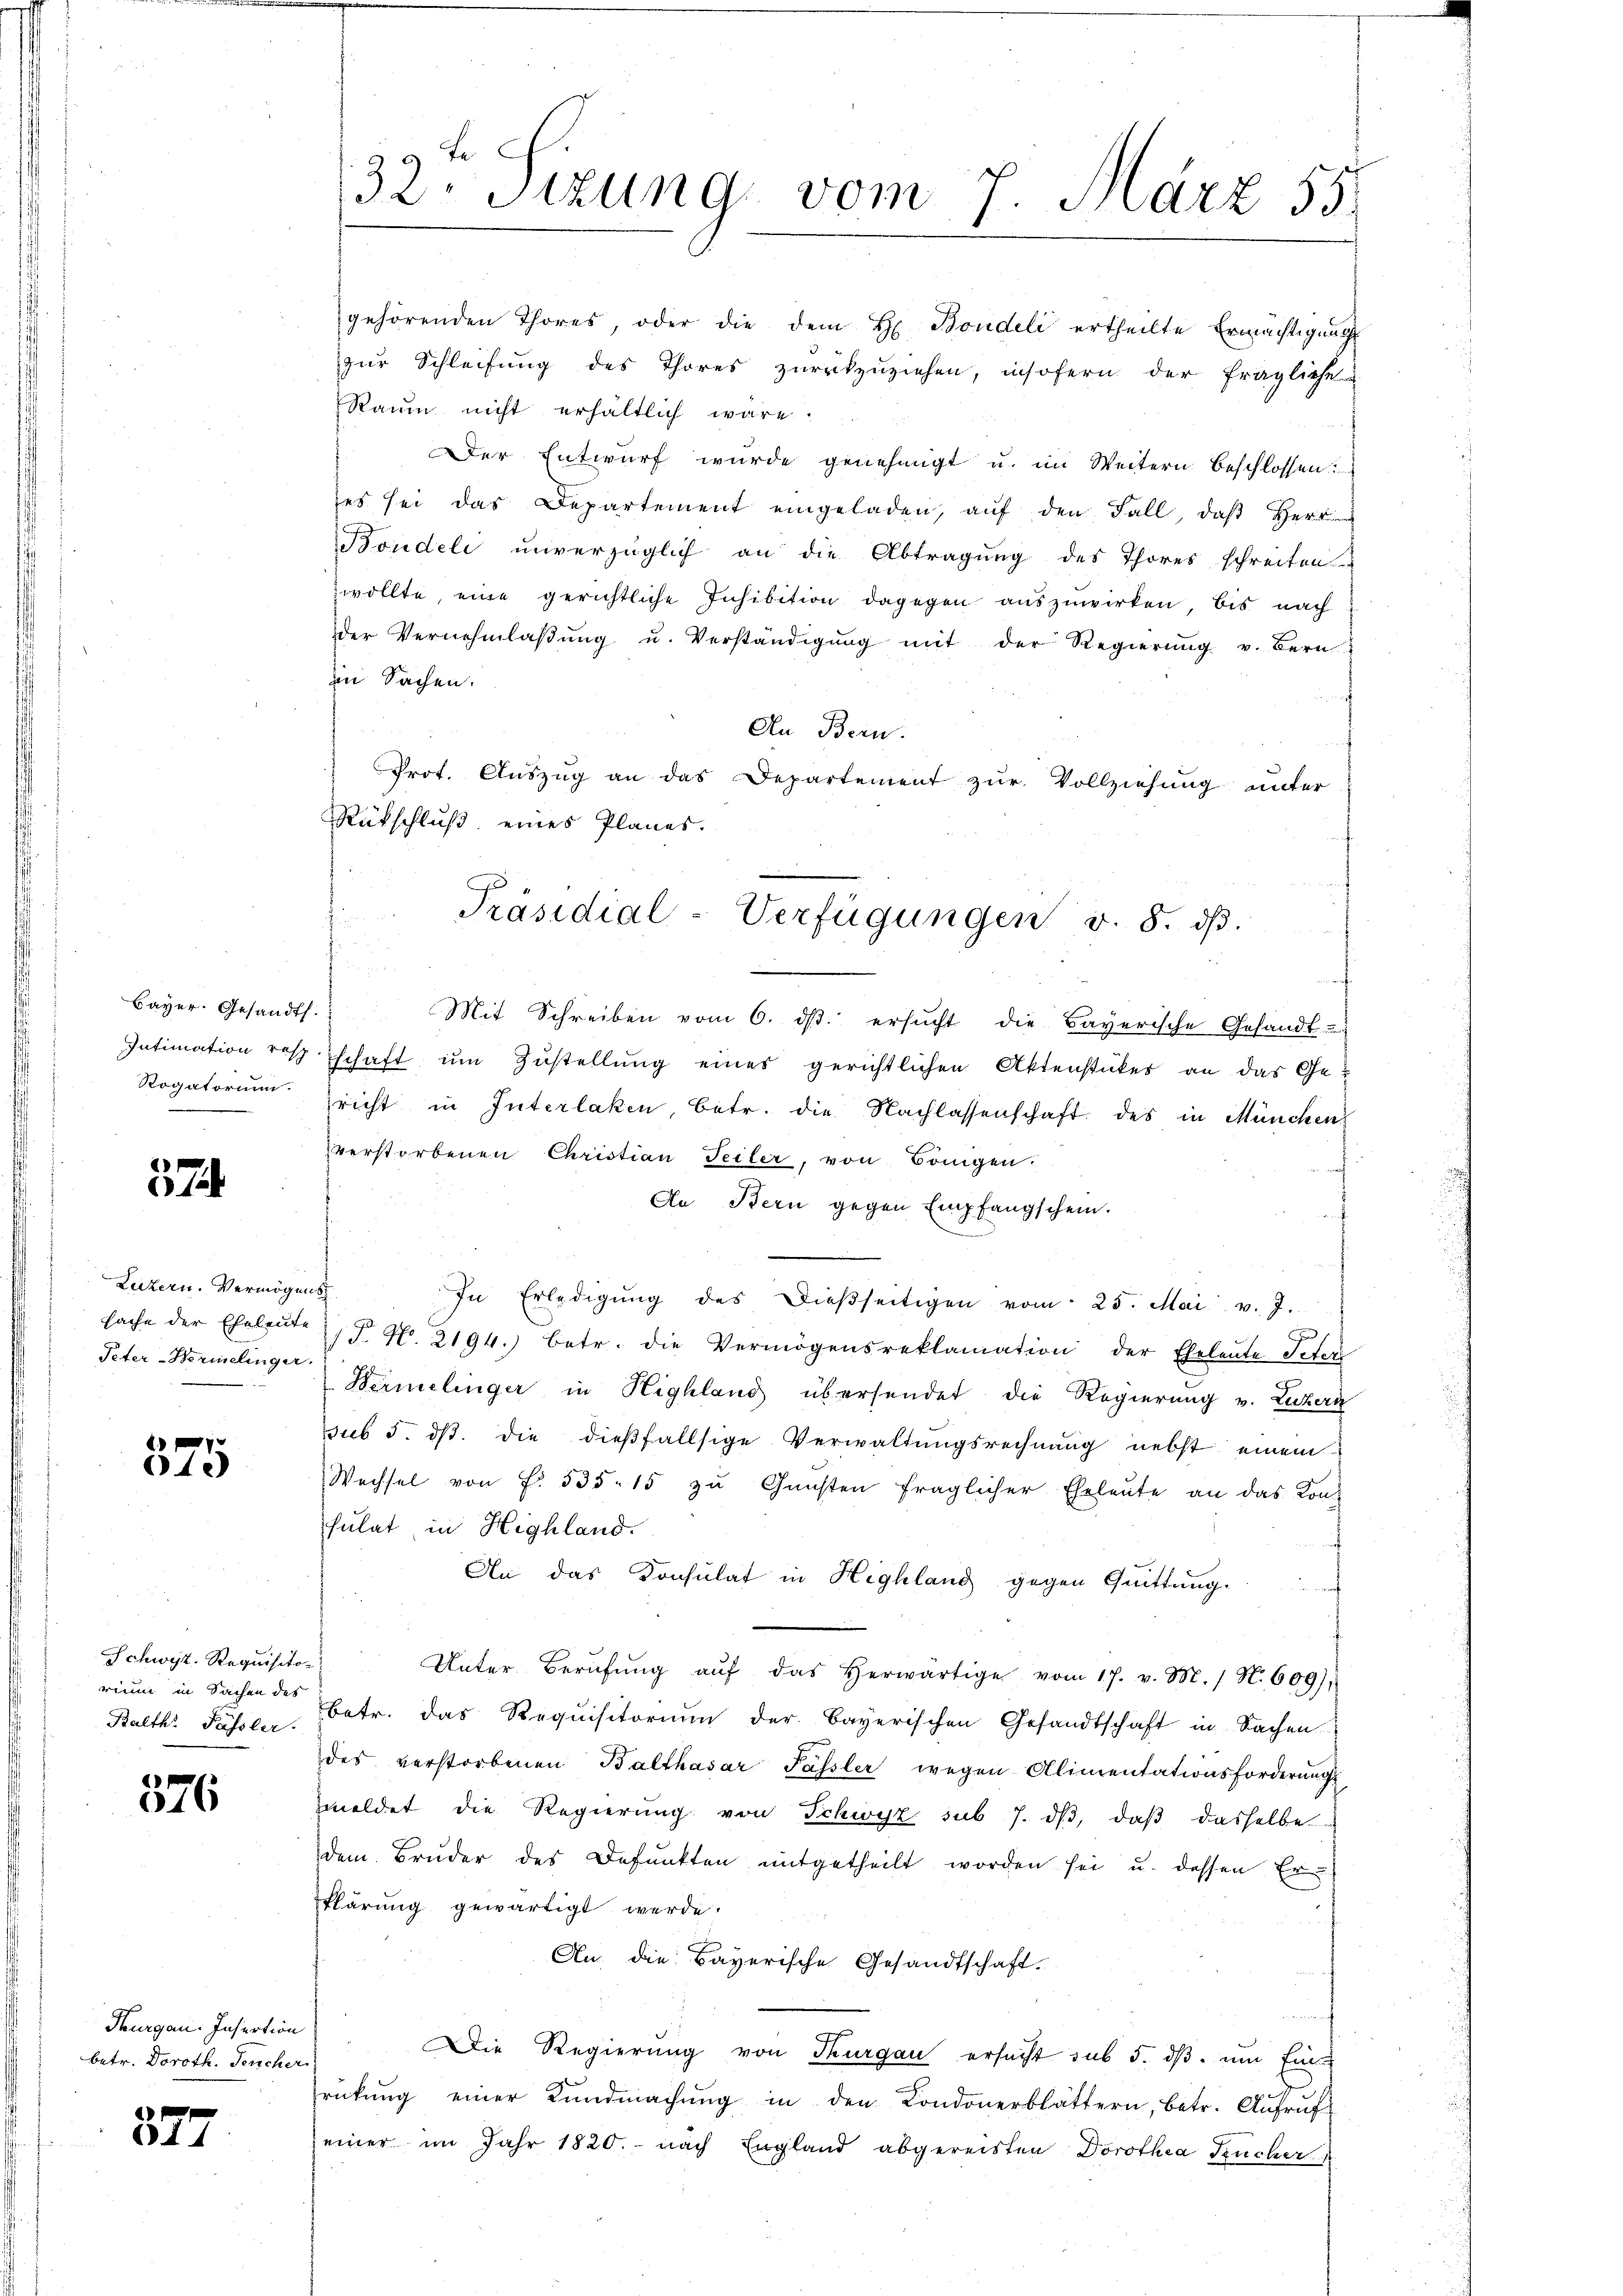
Bayer. Gesandts.
Rogatorium.

57

Luzern. Vermögens
Peter Hermelinger.

1
40)

Schwyz, Requisitor
rium in Sachen des
Balth. Fässler.

1
576

Thurgau. Insection
betr. Doroth. Teucher

577

Raum nicht erhältlich wäre.
in Sachen.
An Bern.
Prot. Auszug an das Departement zur Vollziehung unter
Rütschluß eines Planes.
Mit Schreiben vom 6. dβ. ersucht die Bayerische Gesandt-
Intimation resp. schaft ŭm Zŭstellŭng eines gerichtlichen Aktenstückes an das Ge-
richt in Interlaken, betr. die Nachlassenschaft des in München
verstorbenen Christian Teiler, von Bangen.
ich
An Bern gegen Empfangschein.
f
In Erledigŭng des dieβseitigen vom 25. Mai v. J.
sache der Eheleute J. N. 2194. betr. die Vermögensreklamation der Eheleute Peter
Bermelinger in Highland übersendet die Regierung v. Luzern
sub 5. dβ die dießfallsige Verwaltungsrechnung nebst einem
Wechsel von f. 535. 15 zŭ Gŭnsten fraglicher Eheleŭte an das Kon
sulat in Highland.
An das Consulat in Highlang gegen Quittung.
Unter Berŭfŭng aŭf das herwärtige vom 17. v. M. / N. 609),
betr. das Requisitorium der Bayerischen Gesandtschaft in Sachen
des verstorbenen Balthasar Passler wegen Alimentationsforderŭngs-
meldet die Regierung von Schwyz sub 7. dβ, daß dasselbe
dem Bruder des Befunkten mitgetheilt worden sei u. dessen Er-
klärung gewärtigt werde.
An die Bayerische Gesandtschaft.
Die Regierung von Thurgau ersucht sub 5. dβ. um Ein-
rükŭng einer Landmachŭng in den Londonerblättern, betr. Aufruf
einer im Jahr 1820. - nach England abgereisten Dorothea Kücher

32. Sizung vom 7. März 55.

gehörenden Thores, oder die dem H. Bondeli ertheilte Ermächtigung
zur Schleifung des Thores zurükzuziehen, insofern der fragliche
Der Entwurf wurde genehmigt u. im Weitern beschlossen:
es sei das Departement eingeladen, aŭf den Fall, daβ Herr
Bondeli unverzüglich an die Abtragung des Thores schreiten
wollte, eine gerichtliche Inhibition dagegen auszuwirken, bis nach
der Vernehmlaβŭng u. Verständigŭng mit der Regierŭng v. Bern

Präsidial-Verfügungen v. 8. dβ.
—